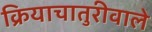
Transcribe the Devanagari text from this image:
क्रियाचातुरीवाले